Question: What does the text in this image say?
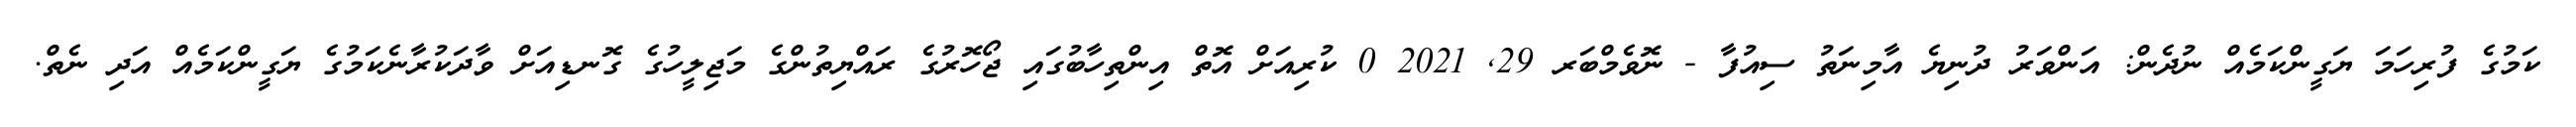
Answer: ކަމުގެ ފުރިހަމަ ޔަގީންކަމެއް ނުދެން: އަންވަރު ދުނިޔެ އާމިނަތު ސިއުފާ - ނޮވެމްބަރ 29, 2021 0 ކުރިއަށް އޮތް އިންތިހާބުގައި ޖޯހޮރުގެ ރައްޔިތުންގެ މަޖިލީހުގެ ގޮނޑިއަށް ވާދަކުރާނެކަމުގެ ޔަގީންކަމެއް އަދި ނެތް.